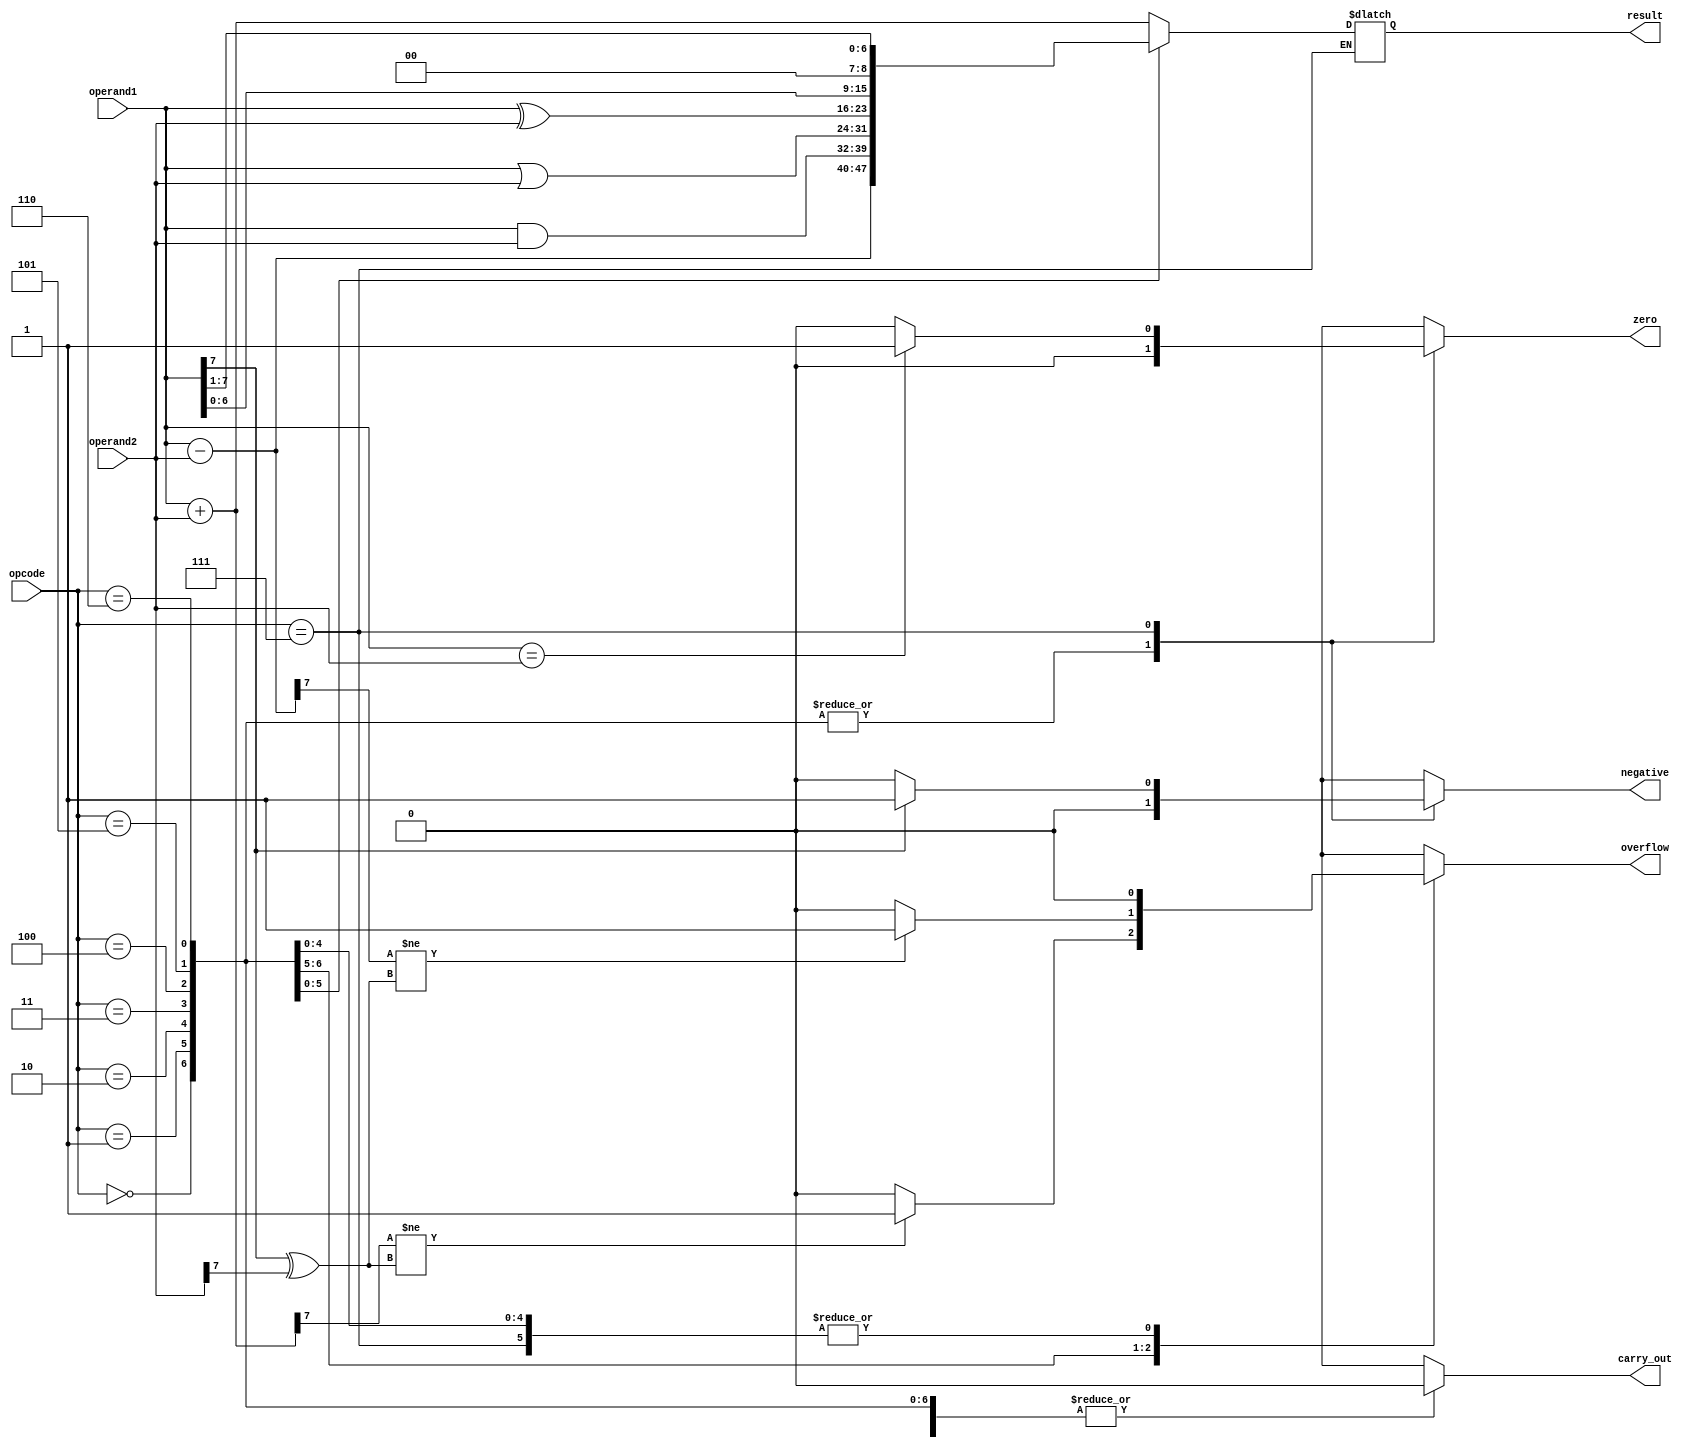
module ALU(
    input [7:0] operand1,
    input [7:0] operand2,
    input [2:0] opcode,
    output reg [7:0] result,
    output reg carry_out,
    output reg overflow,
    output reg zero,
    output reg negative
);

always @(*) begin
    carry_out = 0;
    overflow = 0;
    zero = 0;
    negative = 0;

    case (opcode)
        3'b000: begin //Addition
            result = operand1 + operand2;
            if(result[8] == 1) begin
                carry_out = 1;
            end
            if(result[7] != (operand1[7] ^ operand2[7])) begin
                overflow = 1;
            end
        end
        3'b001: begin //Subtraction
            result = operand1 - operand2;
            if(result[8] == 1) begin
                carry_out = 1;
            end
            if(result[7] != (operand1[7] ^ operand2[7])) begin
                overflow = 1;
            end
        end
        3'b010: begin //AND
            result = operand1 & operand2;
        end
        3'b011: begin //OR
            result = operand1 | operand2;
        end
        3'b100: begin //XOR
            result = operand1 ^ operand2;
        end
        3'b101: begin //Shift Left
            result = operand1 << 1;
        end
        3'b110: begin //Shift Right
            result = operand1 >> 1;
        end
        3'b111: begin //Comparison
            if(operand1 == operand2) begin
                zero = 1;
            end
            if(operand1[7] == 1) begin
                negative = 1;
            end
        end
    endcase
end

endmodule